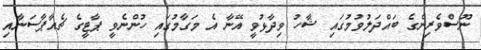
ނޫސްވެރިންގެ ބައްދަލުވުމުގައި ޝާހު ވިދާޅުވީ އޭނާ އެ މަގާމުގައި ހުންނެވީ ޕާޓީގެ ޗެއާޕާސަނާއި